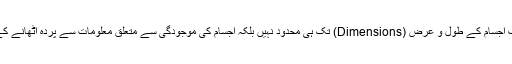
عجیب بات یہ بھی ہے کہ انسان کی بصارت کے حوالے سے یہ استعداد صرف اجسام کے طول و عرض (Dimensions) تک ہی محدود نہیں بلکہ اجسام کی موجودگی سے متعلق معلومات سے پردہ اٹھانے کے اندر کردار ادا کرنے والی برقی مقناطیسی موجوں کے حوالے سے بھی ہے۔